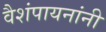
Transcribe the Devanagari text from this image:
वैशंपायनांनी